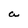
Character: a